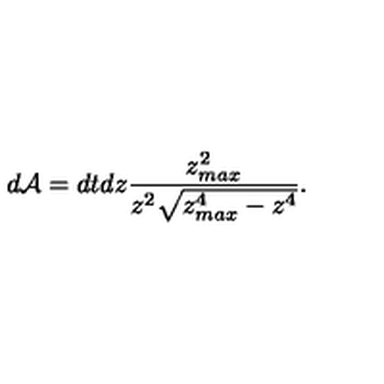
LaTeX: d { \cal A } = d t d z \frac { z _ { m a x } ^ { 2 } } { z ^ { 2 } \sqrt { z _ { m a x } ^ { 4 } - z ^ { 4 } } } .